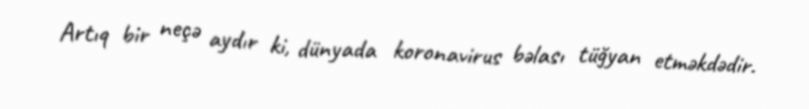
Artıq bir neçə aydır ki, dünyada koronavirus bəlası tüğyan etməkdədir.